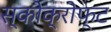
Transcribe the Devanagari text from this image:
स्कोक्रोफ्ट